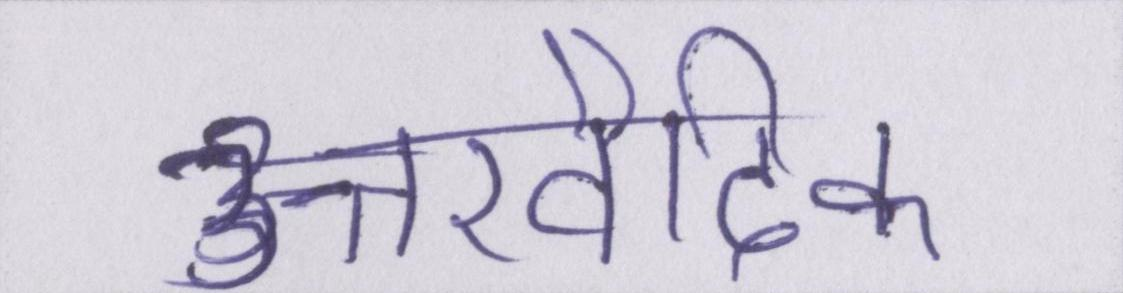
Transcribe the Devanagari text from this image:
उत्तरवैदिक